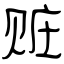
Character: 赃